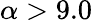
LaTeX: \alpha>9.0